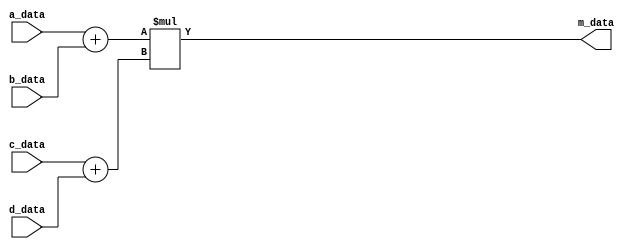
`timescale 1ns / 1ps

///////////////
// MAC operation ( (a + b)*(c + d) )
///////////////

module MAC_add#(parameter Data_width=8)(
    // slave data A
    input [Data_width-1:0]a_data,
       
    //slave data B
    input [Data_width-1:0]b_data,
    
    //slave data C
    input [Data_width-1:0]c_data,
    
    //slave data D
    input [Data_width-1:0]d_data,
    
    //master 
    output reg [Data_width-1:0]m_data

    );
    
 always@(*)begin
   m_data <= ( (a_data + b_data )*( c_data + d_data) );
 end   
    
    
endmodule